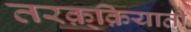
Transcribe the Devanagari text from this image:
तरक़्क़ियाती